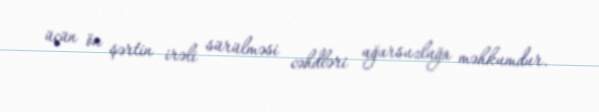
üçün ön şərtin irəli sürülməsi cəhdləri uğursuzluğa məhkumdur.